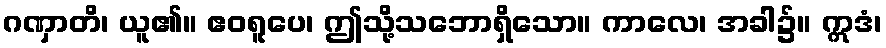
ဂဏှာတိ၊ ယူ၏။ ဧဝရူပေ၊ ဤသို့သဘောရှိသော။ ကာလေ၊ အခါ၌။ ဣဒံ၊